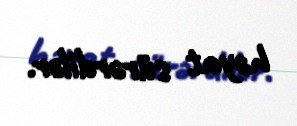
həyat sürərdilər.